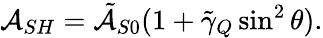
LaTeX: \mathcal{A}_{SH}=\tilde{\mathcal{A}}_{S0}(1+\tilde{\gamma}_{Q}\sin^{2}\theta).